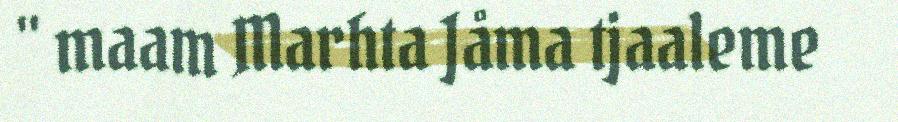
" maam Marhta Jåma tjaaleme